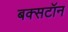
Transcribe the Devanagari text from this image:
बक्सटॉन